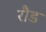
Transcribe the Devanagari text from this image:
रौड